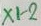
Text: X1-2